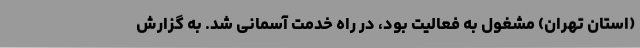
(استان تهران) مشغول به فعالیت بود، در راه خدمت آسمانی شد. به گزارش